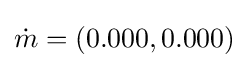
{\dot {m}}=(0.000,0.000)